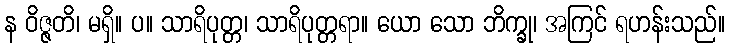
န ဝိဇ္ဇတိ၊ မရှိ။ ပ။ သာရိပုတ္တ၊ သာရိပုတ္တရာ။ ယော သော ဘိက္ခု၊ အကြင် ရဟန်းသည်။